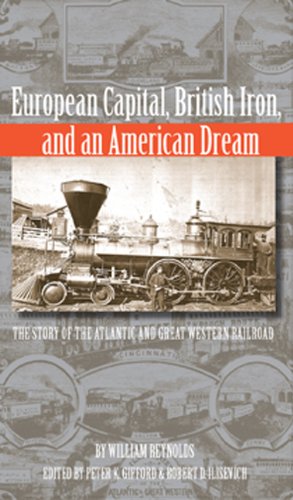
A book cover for European Capital, British Iron, And An American Dream (Series on Ohio History and Culture); Peter Gifford; Engineering & Transportation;